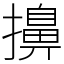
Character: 擤